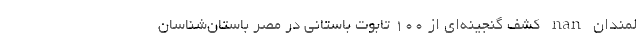
لمندان nan کشف گنجینه‌ای از ۱۰۰ تابوت باستانی در مصر باستان‌شناسان